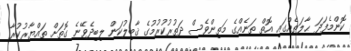
ކޮންމެފަދަ ޙާލަތެއްގައި އޮތް ތަނެއްގެ މަތިންވެސް ދަތުރުކުރުމުގެ ޤާބިލުކަން ލިބިދެވޭނެ ގޮތަށް ތައްޔާރުކުރާ